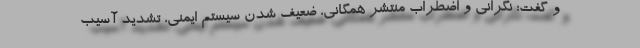
و گفت: نگرانی و اضطراب منتشر همگانی، ضعیف شدن سیستم ایمنی، تشدید آسیب